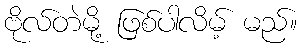
ဗိုလ်တဲမို့ ဖြစ်ပါလိမ့် မည်။